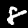
Label: 8